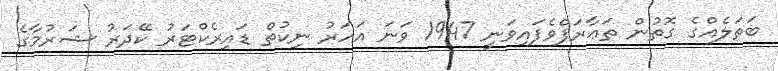
ބަތަލެއްގެ ގޮތުން ތަޢާރަފްވެފައިވަނީ 1947 ވަނަ އަހަރު ނިކުތް ޑައިރެކްޓަރު ކޭދަރު ޝަރުމާގެ